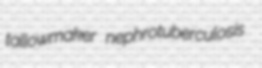
tallowmaker nephrotuberculosis